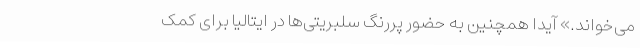
می‌خواند.» آیدا همچنین به حضور پررنگ سلبریتی‌ها در ایتالیا برای کمک